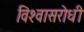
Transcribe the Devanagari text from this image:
विश्‍वासरोधी